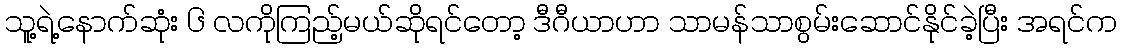
သူ့ရဲ့နောက်ဆုံး ၆ လကိုကြည့်မယ်ဆိုရင်တော့ ဒီဂီယာဟာ သာမန်သာစွမ်းဆောင်နိုင်ခဲ့ပြီး အရင်က